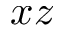
x z